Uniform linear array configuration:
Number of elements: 4
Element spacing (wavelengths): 0.25
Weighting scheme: hamming
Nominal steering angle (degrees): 60
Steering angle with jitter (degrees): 60.348
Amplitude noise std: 0.05
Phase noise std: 0.05

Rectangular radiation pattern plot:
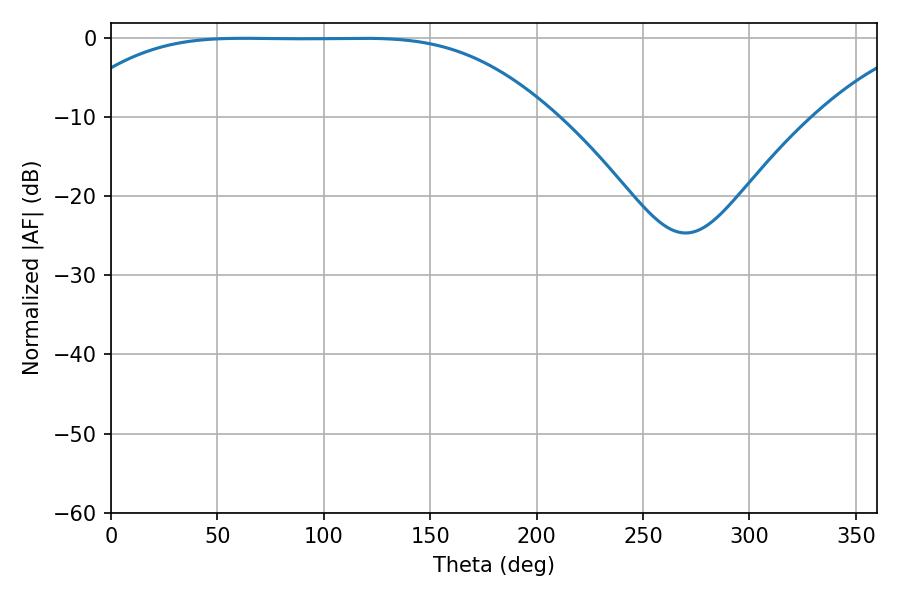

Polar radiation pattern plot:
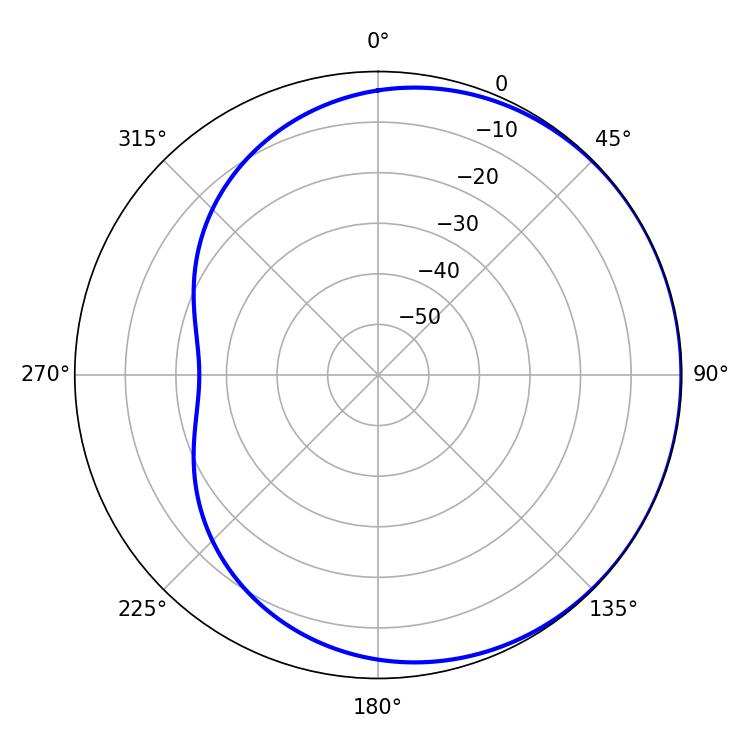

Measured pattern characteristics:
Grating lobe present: FALSE
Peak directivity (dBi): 0.4643
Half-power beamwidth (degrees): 169.56
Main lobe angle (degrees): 62.46